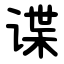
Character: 谍